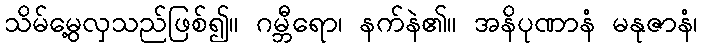
သိမ်မွေ့လှသည်ဖြစ်၍။ ဂမ္ဘီရော၊ နက်နဲ၏။ အနိပုဏာနံ မနုဇာနံ၊